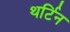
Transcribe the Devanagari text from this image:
थर्टिन